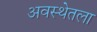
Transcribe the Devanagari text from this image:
अवस्थेतला